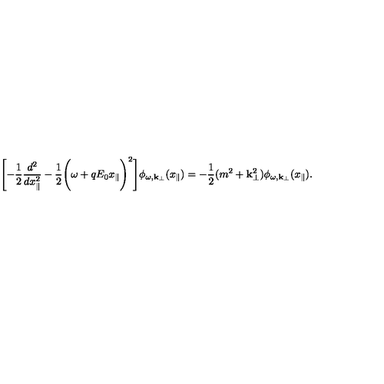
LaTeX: \Biggl [ - \frac { 1 } { 2 } \frac { d ^ { 2 } } { d x _ { \parallel } ^ { 2 } } - \frac { 1 } { 2 } \Biggl ( \omega + q E _ { 0 } x _ { \parallel } \Biggr ) ^ { 2 } \Biggr ] \phi _ { \omega , { \bf k } _ { \perp } } ( x _ { \parallel } ) = - \frac { 1 } { 2 } ( m ^ { 2 } + { \bf k } _ { \perp } ^ { 2 } ) \phi _ { \omega , { \bf k } _ { \perp } } ( x _ { \parallel } ) .